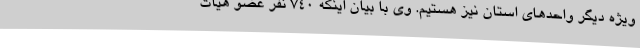
ویژه دیگر واحدهای استان نیز هستیم. وی با بیان اینکه 740 نفر عضو هیات